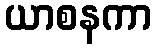
ယာစနကာ